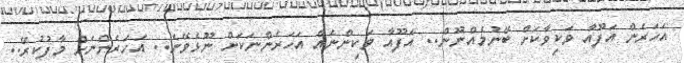
އަހަރެން އަފޫއާ ވަކިވާކަށް ބޭނުމެއްނޫން.. އަފޫއާ ވަކިންނެއް އަހަރެންނަކަށް ނޫޅެވޭނެ.. އަހަރެންނަށް މާފުކުރޭ..